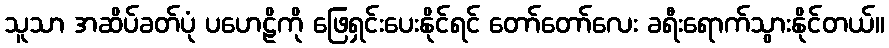
သူသာ အဆိပ်ခတ်ပုံ ပဟေဠိကို ဖြေရှင်းပေးနိုင်ရင် တော်တော်လေး ခရီးရောက်သွားနိုင်တယ်။